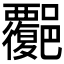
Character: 𧠅